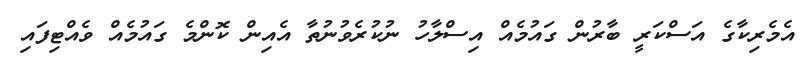
އެމެރިކާގެ އަސްކަރީ ބާރުން ގައުމެއް އިސްލާހު ނުކުރެވުނުތާ އެއިން ކޮންމެ ގައުމެއް ވެއްޓިފައި